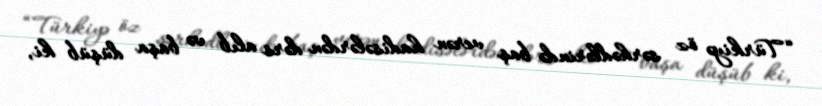
“Türkiyə öz sərhədlərində baş verən hadisələrdən dərs alıb və başa düşüb ki,